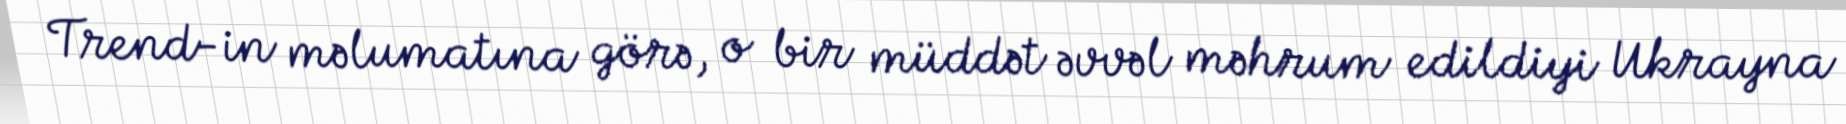
Trend-in məlumatına görə, o bir müddət əvvəl məhrum edildiyi Ukrayna